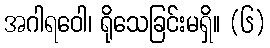
အဂါရဝေါ၊ ရိုသေခြင်းမရှိ။ (၆)